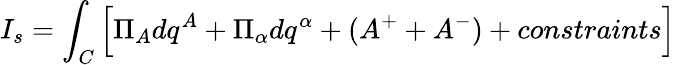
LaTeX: I_{s}=\int_{C}\left[\Pi_{A}dq^{A}+\Pi_{\alpha}dq^{\alpha}+(A^{+}+A^{-})+constraints\right]